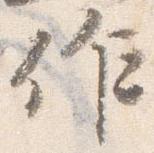
作